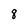
Character: 8